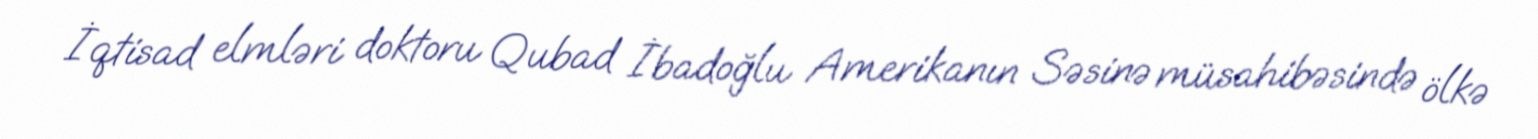
İqtisad elmləri doktoru Qubad İbadoğlu Amerikanın Səsinə müsahibəsində ölkə